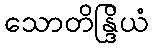
သောတိန္ဒြိယံ